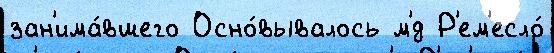
зан'има́вшего Осно́вывалось м'́д Р'ем'есло́